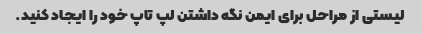
لیستی از مراحل برای ایمن نگه داشتن لپ تاپ خود را ایجاد کنید.